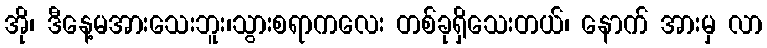
အို၊ ဒီနေ့မအားသေးဘူး၊သွားစရာကလေး တစ်ခုရှိသေးတယ်၊ နောက် အားမှ လာ